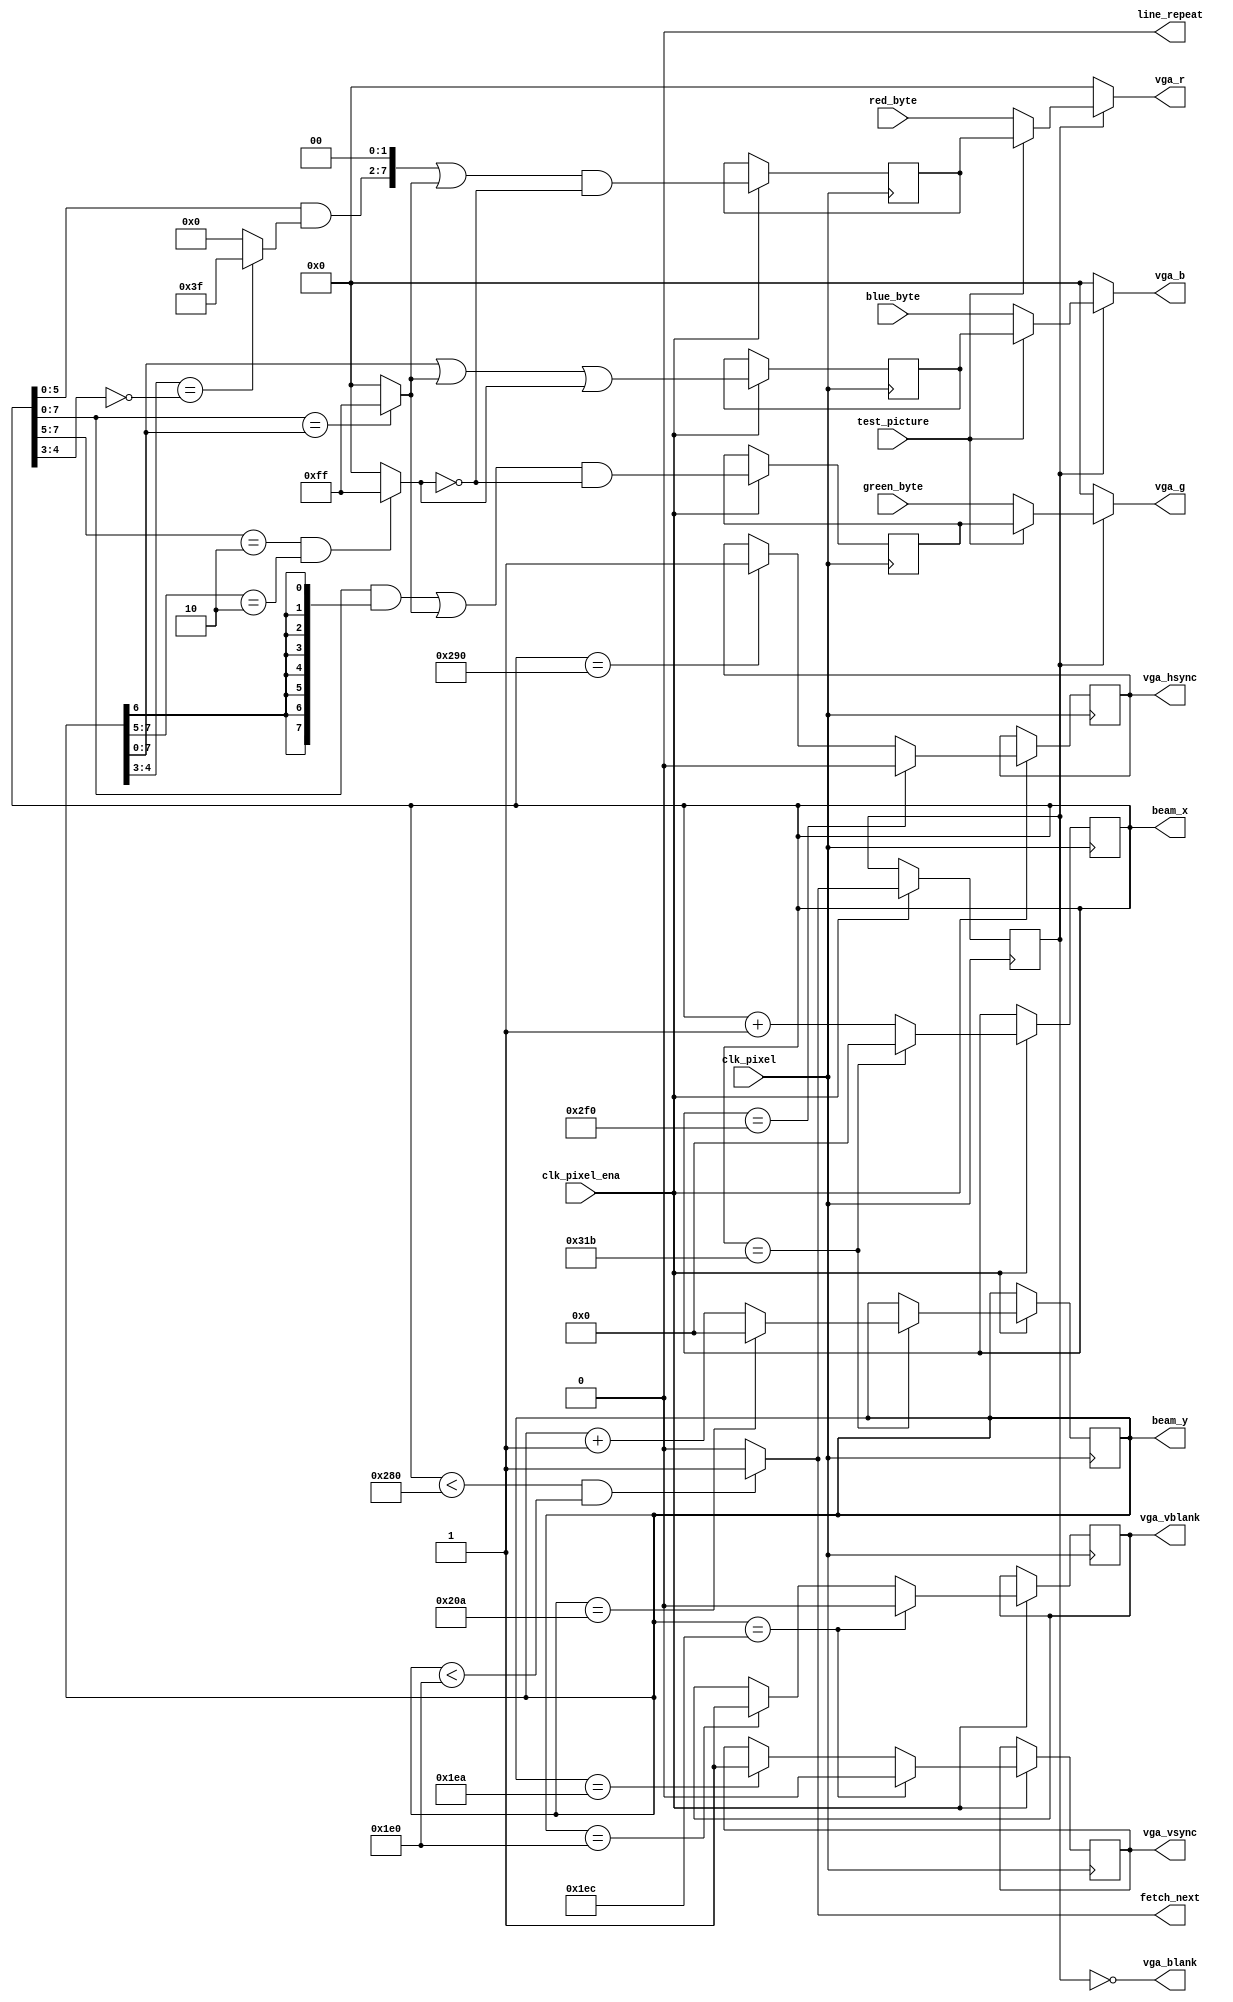
module vga(
input wire clk_pixel,
input wire clk_pixel_ena,
input wire test_picture,
output wire fetch_next,
output wire line_repeat,
output wire [C_bits_x - 1:0] beam_x,
output wire [C_bits_y - 1:0] beam_y,
input wire [7:0] red_byte,
input wire [7:0] green_byte,
input wire [7:0] blue_byte,
output wire [7:0] vga_r,
output wire [7:0] vga_g,
output wire [7:0] vga_b,
output wire vga_hsync,
output wire vga_vsync,
output wire vga_vblank,
output wire vga_blank
);

parameter [31:0] C_resolution_x=640;
parameter [31:0] C_hsync_front_porch=16;
parameter [31:0] C_hsync_pulse=96;
parameter [31:0] C_hsync_back_porch=44;
parameter [31:0] C_resolution_y=480;
parameter [31:0] C_vsync_front_porch=10;
parameter [31:0] C_vsync_pulse=2;
parameter [31:0] C_vsync_back_porch=31;
parameter [31:0] C_bits_x=10;
parameter [31:0] C_bits_y=10;
parameter [31:0] C_dbl_x=0;
parameter [31:0] C_dbl_y=0;
// 0-normal X, 1-double X
// pixel clock, 25 MHz for 640x480
// pixel clock ena
// show test picture
// request FIFO to fetch next pixel data
// request FIFO to repeat previous scan line content (used in y-doublescan)
// pixel data from FIFO
// 8-bit VGA video signal out
// VGA sync
// V blank for CPU interrupts and H+V blank for digital encoder (HDMI)



// function integer ceiling log2
// returns how many bits are needed to represent a number of states
// example ceil_log2(255) = 8,  ceil_log2(256) = 8, ceil_log2(257) = 9
//  function ceil_log2(x: integer) return integer is
//  begin
//    return integer(ceil((log2(real(x)+1.0E-6))-1.0E-6));
//  end ceil_log2;
parameter C_frame_x = C_resolution_x + C_hsync_front_porch + C_hsync_pulse + C_hsync_back_porch;  // frame_x = 640 + 16 + 96 + 48 = 800;
parameter C_frame_y = C_resolution_y + C_vsync_front_porch + C_vsync_pulse + C_vsync_back_porch;  // frame_y = 480 + 10 + 2 + 33 = 525;
// refresh_rate = pixel_clock/(frame_x*frame_y) = 25MHz / (800*525) = 59.52Hz
parameter C_synclen = 3;  // >=2, bit length of the clock synchronizer shift register
//constant C_bits_x: integer := 13; -- ceil_log2(C_frame_x-1)
//constant C_bits_y: integer := 11; -- ceil_log2(C_frame_y-1)
reg [C_bits_x - 1:0] CounterX;  // (9 downto 0) is good for up to 1023 frame timing width (resolution 640x480)
reg [C_bits_y - 1:0] CounterY;  // (9 downto 0) is good for up to 1023 frame timing width (resolution 640x480)
reg hSync; reg vSync; reg vBlank; reg DrawArea; wire fetcharea;
wire [C_synclen - 1:0] clksync;  // fifo to clock synchronizer shift register
wire [7:0] shift_red; wire [7:0] shift_green; wire [7:0] shift_blue;  // RENAME shift_ -> latch_
// test picture generation
wire [7:0] W; wire [7:0] A; wire [7:0] T; reg [7:0] test_red; reg [7:0] test_green; reg [7:0] test_blue;
wire [5:0] Z;

  // wire fetcharea; // when to fetch data, must be 1 byte earlier than draw area
  assign fetcharea = CounterX < C_resolution_x && CounterY < C_resolution_y ? 1'b1 : 1'b0;
  // output request to fetch new data every pixel
  assign fetch_next = fetcharea;
  // increment and wraparound X and Y counters
  always @(posedge clk_pixel) begin
    if(clk_pixel_ena == 1'b1) begin
      // DrawArea is fetcharea delayed one clock later
      DrawArea <= fetcharea;
      // on end of each X line, reset CounterX
      // and increment Y counter, also reset Y at bottom of screen
      if(CounterX == (C_frame_x - 1)) begin
        CounterX <= {(((C_bits_x - 1))-((0))+1){1'b0}};
        if(CounterY == (C_frame_y - 1)) begin
          CounterY <= {(((C_bits_y - 1))-((0))+1){1'b0}};
        end
        else begin
          CounterY <= CounterY + 1;
        end
      end
      else begin
        CounterX <= CounterX + 1;
      end
    end
  end

  assign beam_x = CounterX;
  assign beam_y = CounterY;
  assign vga_blank =  ~DrawArea;
  // Sync and VBlank generation
  always @(posedge clk_pixel) begin
    if(clk_pixel_ena == 1'b1) begin
      if(CounterX == (C_resolution_x + C_hsync_front_porch)) begin
        hSync <= 1'b1;
      end
      if(CounterX == (C_resolution_x + C_hsync_front_porch + C_hsync_pulse)) begin
        hSync <= 1'b0;
      end
      if(CounterY == C_resolution_y) begin
        vBlank <= 1'b1;
      end
      if(CounterY == (C_resolution_y + C_vsync_front_porch)) begin
        vSync <= 1'b1;
      end
      if(CounterY == (C_resolution_y + C_vsync_front_porch + C_vsync_pulse)) begin
        vSync <= 1'b0;
        vBlank <= 1'b0;
      end
    end
  end

  assign vga_hsync = hSync;
  assign vga_vsync = vSync;
  assign vga_vblank = vBlank;
  assign line_repeat = C_dbl_y == 0 ? 1'b0 : hSync &  ~CounterY[0];
  // test picture generator
  assign A = CounterX[7:5] == 3'b010 && CounterY[7:5] == 3'b010 ? {8{1'b1}} : {8{1'b0}};
  assign W = CounterX[7:0] == CounterY[7:0] ? {8{1'b1}} : {8{1'b0}};
  assign Z = CounterY[4:3] == ( ~CounterX[4:3]) ? {6{1'b1}} : {6{1'b0}};
  assign T = {8{CounterY[6]}};
  always @(posedge clk_pixel) begin
    if(clk_pixel_ena == 1'b1) begin
      test_red <= (({CounterX[5:0] & Z,2'b00}) | W) &  ~A;
      test_green <= ((CounterX[7:0] & T) | W) &  ~A;
      test_blue <= CounterY[7:0] | W | A;
    end
  end

  // output multiplexer: bitmap graphics or test picture
  assign vga_r = DrawArea == 1'b0 ? {8{1'b0}} : test_picture == 1'b0 ? red_byte : test_red;
  assign vga_g = DrawArea == 1'b0 ? {8{1'b0}} : test_picture == 1'b0 ? green_byte : test_green;
  assign vga_b = DrawArea == 1'b0 ? {8{1'b0}} : test_picture == 1'b0 ? blue_byte : test_blue;

endmodule